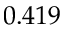
0 . 4 1 9